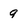
Character: 9